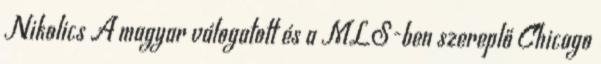
Nikolics A magyar válogatott és a MLS-ben szereplő Chicago